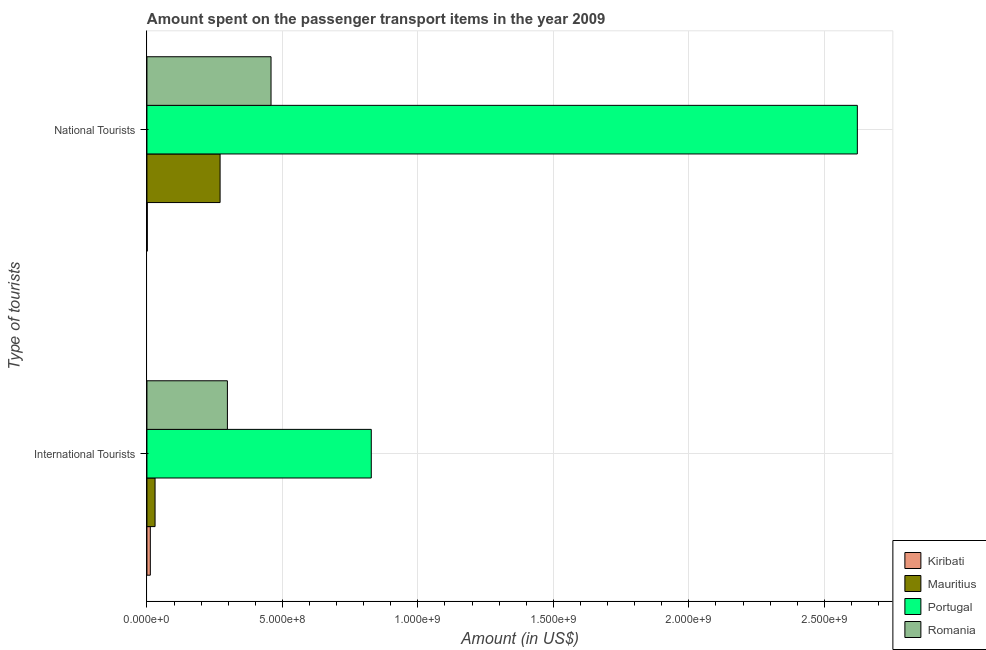
| Type of tourists | Kiribati | Mauritius | Portugal | Romania |
 | --- | --- | --- | --- | --- |
 | International Tourists | 1.25e+07 | 3e+07 | 8.28e+08 | 2.97e+08 |
 | National Tourists | 1.3e+06 | 2.7e+08 | 2.62e+09 | 4.58e+08 |